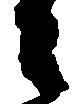
之